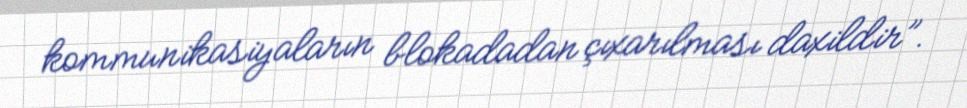
kommunikasiyaların blokadadan çıxarılması daxildir”.